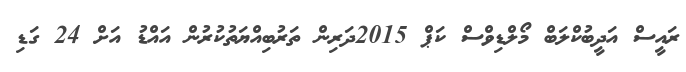
ރައީސް އަދީބުކްލަބް މޯލްޑިވްސް ކަޕް 2015ދަރިން ތަރުބިއްޔަތުކުރުން އައްޑު އަށް 24 ގަޑި